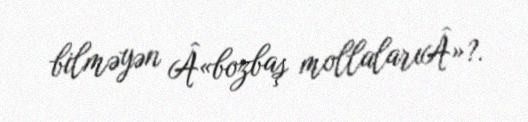
bilməyən Â«bozbaş mollalarıÂ»?.